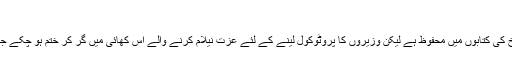
‘‘
میاں عبداللہ اور قاضی مغیث الدین کا نام تاریخ کی کتابوں میں محفوظ ہے لیکن وزیروں کا پروٹوکول لینے کے لئے عزت نیلام کرنے والے اُس کھائی میں گر کر ختم ہو چکے جس کے اُوپر تاریخ نے منوں مٹی ڈال دی ہے۔